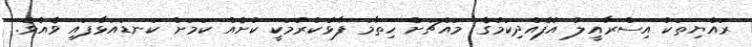
ރައްޔިތަކު އިސްރާއީލު އުފެއްދިކަމުގެ މައްޗަށް ހިތާމަ ފާޅުކުރުމަކީ ކުށެއް ކަމަށް ކަނޑައަޅާފައި ވެއެވެ.